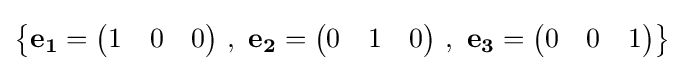
\left\{\mathbf {e_{1}} ={\begin{pmatrix}1&0&0\end{pmatrix}}\ ,\ \mathbf {e_{2}} ={\begin{pmatrix}0&1&0\end{pmatrix}}\ ,\ \mathbf {e_{3}} ={\begin{pmatrix}0&0&1\end{pmatrix}}\right\}